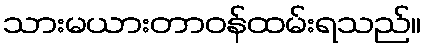
သားမယားတာဝန်ထမ်းရသည်။